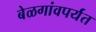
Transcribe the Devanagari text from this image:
बेळगांवपर्यंत